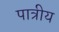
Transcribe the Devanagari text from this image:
पात्रीय